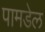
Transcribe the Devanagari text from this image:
पामडेल